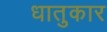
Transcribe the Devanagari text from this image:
धातुकार